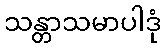
သန္တာသမာပါဒုံ